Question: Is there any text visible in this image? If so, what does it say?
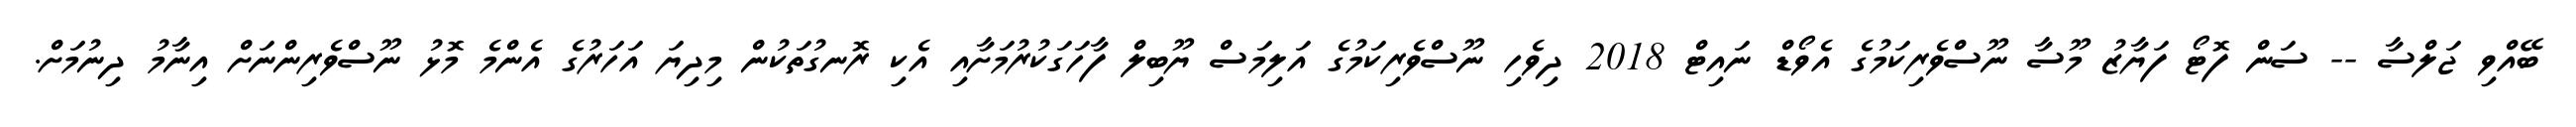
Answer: ބޭއްވި ޖަލްސާ -- ސަން ފޮޓޯ ފަޔާޒު މޫސާ ނޫސްވެރިކަމުގެ އެވޯޑް ނައިޓް 2018 ދިވެހި ނޫސްވެރިކަމުގެ އަލިމަސް ޔޫބިލް ފާހަގަކުރުމަށާއި އެކި ރޮނގުތަކުން މިދިޔަ އަހަރުގެ އެންމެ މޮޅު ނޫސްވެރިންނަށް އިނާމު ދިނުމަށް.